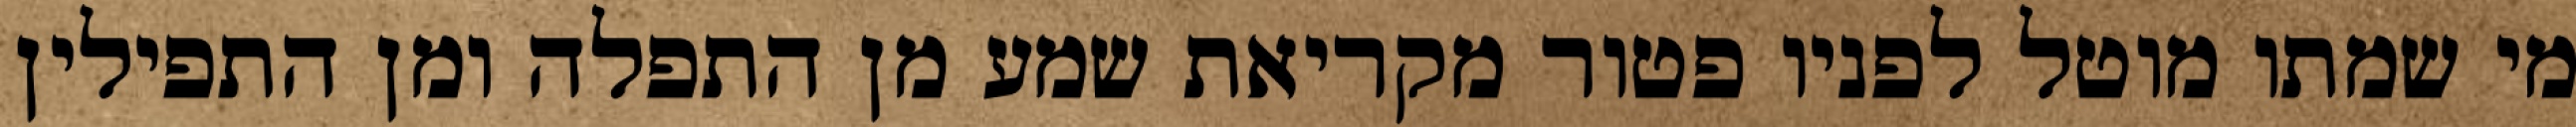
מי שמתו מוטל לפניו פטור מקריאת שמע מן התפלה ומן התפילין